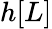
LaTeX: h[L]